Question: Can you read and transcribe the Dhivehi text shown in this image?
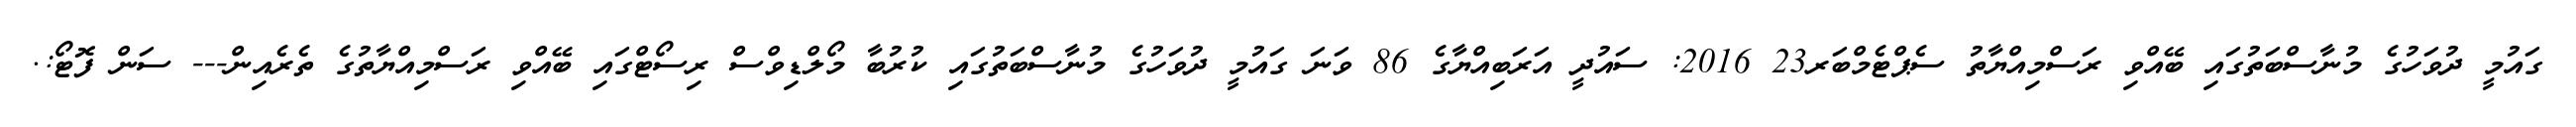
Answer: ގައުމީ ދުވަހުގެ މުނާސްބަތުގައި ބޭއްވި ރަސްމިއްޔާތު ސެޕްޓެމްބަރ23 2016: ސައުދީ އަރަބިއްޔާގެ 86 ވަނަ ގައުމީ ދުވަހުގެ މުނާސްބަތުގައި ކުރުބާ މޯލްޑިވްސް ރިސޯޓްގައި ބޭއްވި ރަސްމިއްޔާތުގެ ތެރެއިން--- ސަން ފޮޓޯ:.